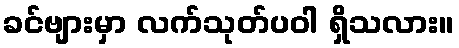
ခင်ဗျားမှာ လက်သုတ်ပဝါ ရှိသလား။